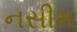
નસીમ